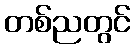
တစ်ညတွင်